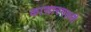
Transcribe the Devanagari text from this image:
कासारगल्ली